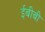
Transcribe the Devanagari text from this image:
ईबीबी